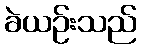
ခဲယဉ်းသည်